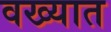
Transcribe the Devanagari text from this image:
वख्यात